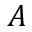
A